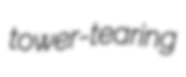
tower-tearing